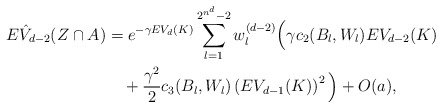
\begin{align*}E\hat{V}_{d-2}(Z\cap A)&= e^{-\gamma E V_d(K)}\sum\limits_{l=1}^{2^{n^d}-2}w_l^{(d-2)}\Big(\gamma c_2(B_l,W_l)E V_{d-2}(K)\\&\quad+\frac{\gamma^2}{2}c_3(B_l,W_l)\left( E V_{d-1}(K)\right)^2\Big)+O(a),\end{align*}